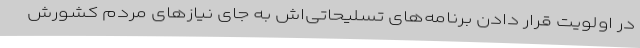
در اولویت قرار دادن برنامه‌های تسلیحاتی‌اش به جای نیازهای مردم کشورش